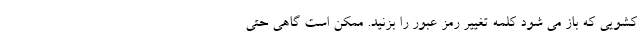
کشویی که باز می شود کلمه تغییر رمز عبور را بزنید. ممکن است گاهی حتی